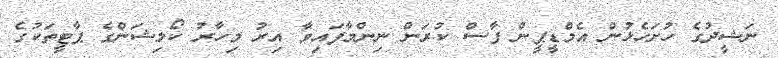
ނަޝީދުގެ ހުށަހެޅުން އެމްޑީޕީން ފާސް ކުރަން ނިންމާފައިވާ އިރު މިހާރު ކޯލިޝަންގެ ޕާޓީތަކުގެ